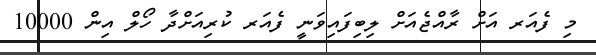
މި ފެއަރ އަށް ރާއްޖެއަށް ލިބިފައިވަނީ ފެއަރ ކުރިއަށްދާ ހޯލް އިން 10000